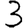
Digit: 3